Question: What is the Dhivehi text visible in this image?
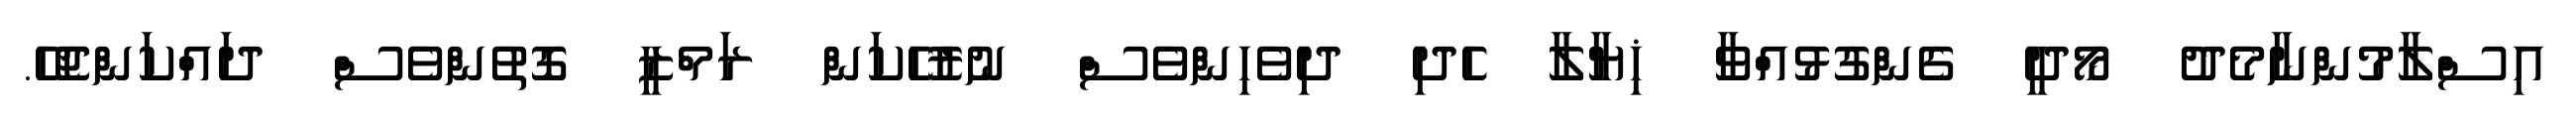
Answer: އިސްލާމުންނާމެދު މޯދީ ގެންގުޅުއްވާ ޚިޔާލާ ހެދި ދިވެހިންވެސް ނުރުހޭކަން ރަމްޒީ ގޮތުންވެސް ދައްކަންޖެހޭ.